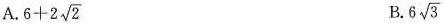
A. $$6+2 \sqrt{2}$$ B. 6 \sqrt{3}